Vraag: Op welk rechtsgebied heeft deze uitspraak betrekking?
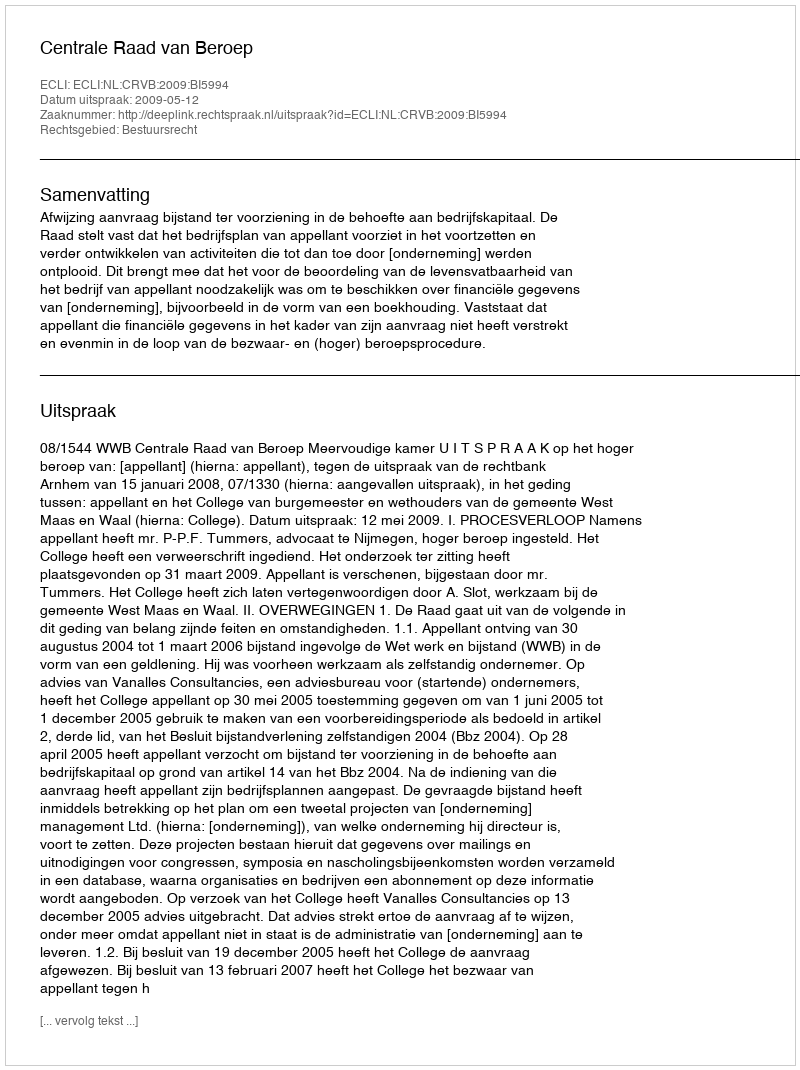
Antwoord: Bestuursrecht